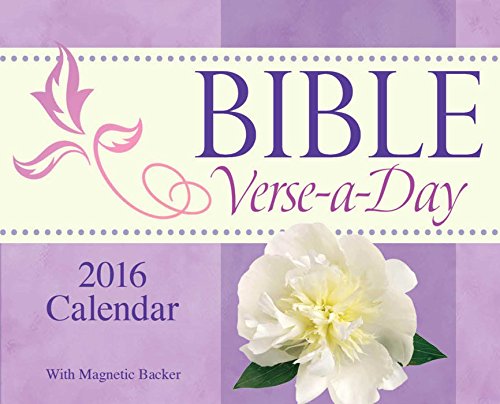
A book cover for Bible Verse-a-Day 2016 Mini Day-to-Day Calendar; Andrews McMeel Publishing LLC; Christian Books & Bibles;